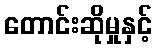
တောင်းဆိုမှုနှင့်